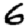
Digit: 6